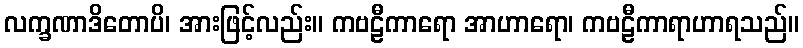
လက္ခဏာဒိတောပိ၊ အားဖြင့်လည်း။ ကဗဠီကာရော အာဟာရော၊ ကဗဠီကာရာဟာရသည်။